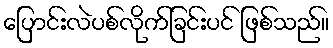
ပြောင်းလဲပစ်လိုက်ခြင်းပင် ဖြစ်သည်။